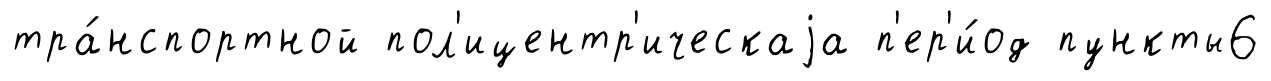
тра́нспортной пол'ицентр'ическаjа п'ер'и́од пункты6